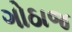
ગોઠાજ